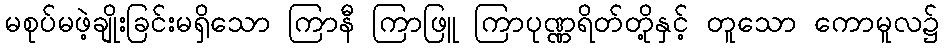
မစုပ်မဖဲ့ချိုးခြင်းမရှိသော ကြာနီ ကြာဖြူ ကြာပုဏ္ဏရိတ်တို့နှင့် တူသော ကောမူလ၌